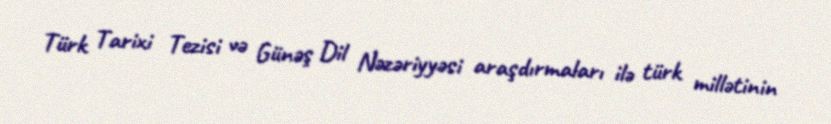
Türk Tarixi Tezisi və Günəş Dil Nəzəriyyəsi araşdırmaları ilə türk millətinin